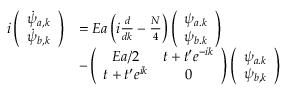
\begin{array} { r l } { i \left( \begin{array} { c } { \dot { \psi } _ { a , k } } \\ { \dot { \psi } _ { b , k } } \end{array} \right) } & { = E a \left( i \frac { d } { d k } - \frac { N } { 4 } \right) \left( \begin{array} { c } { \psi _ { a . k } } \\ { \psi _ { b . k } } \end{array} \right) } \\ & { - \left( \begin{array} { c c } { E a / 2 } & { t + t ^ { \prime } e ^ { - i k } } \\ { t + t ^ { \prime } e ^ { i k } } & { 0 } \end{array} \right) \left( \begin{array} { c } { \psi _ { a . k } } \\ { \psi _ { b , k } } \end{array} \right) } \end{array}